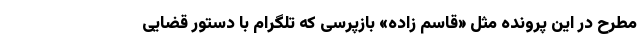
مطرح در این پرونده مثل «قاسم زاده» بازپرسی که تلگرام با دستور قضایی